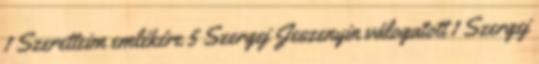
1 Szeretteim emlékére 5 Szergej Jeszenyin válogatott 1 Szergej